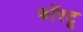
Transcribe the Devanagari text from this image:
फॉरटू